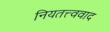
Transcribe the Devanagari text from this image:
नियतत्त्ववाद